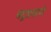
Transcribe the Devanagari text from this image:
बटूप्रमाणे